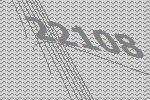
22108